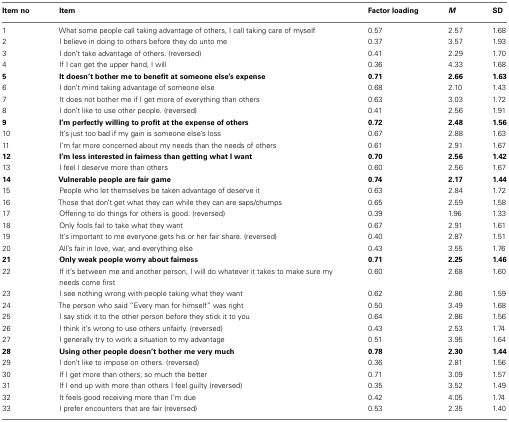
<table><thead><tr><td><b>Item no</b></td><td><b>Item</b></td><td><b>Factor loading</b></td><td><b><i>M</i></b></td><td><b>SD</b></td></tr></thead><tbody><tr><td>1</td><td>What some people call taking advantage of others, I call taking care of myself</td><td>0.57</td><td>2.57</td><td>1.68</td></tr><tr><td>2</td><td>I believe in doing to others before they do unto me</td><td>0.37</td><td>3.57</td><td>1.93</td></tr><tr><td>3</td><td>I don’t take advantage of others. (reversed)</td><td>0.41</td><td>2.29</td><td>1.70</td></tr><tr><td>4</td><td>If I can get the upper hand, I will</td><td>0.36</td><td>4.33</td><td>1.68</td></tr><tr><td><b>5</b></td><td><b>It doesn’t bother me to benefit at someone else’s expense</b></td><td><b>0.71</b></td><td><b>2.66</b></td><td><b>1.63</b></td></tr><tr><td>6</td><td>I don’t mind taking advantage of someone else</td><td>0.68</td><td>2.10</td><td>1.43</td></tr><tr><td>7</td><td>It does not bother me if I get more of everything than others</td><td>0.63</td><td>3.03</td><td>1.72</td></tr><tr><td>8</td><td>I don’t like to use other people. (reversed)</td><td>0.41</td><td>2.56</td><td>1.91</td></tr><tr><td><b>9</b></td><td><b>I’m perfectly willing to profit at the expense of others</b></td><td><b>0.72</b></td><td><b>2.48</b></td><td><b>1.56</b></td></tr><tr><td>10</td><td>It’s just too bad if my gain is someone else’s loss</td><td>0.67</td><td>2.88</td><td>1.63</td></tr><tr><td>11</td><td>I’m far more concerned about my needs than the needs of others</td><td>0.61</td><td>2.91</td><td>1.67</td></tr><tr><td><b>12</b></td><td><b>I’m less interested in fairness than getting what I want</b></td><td><b>0.70</b></td><td><b>2.56</b></td><td><b>1.42</b></td></tr><tr><td>13</td><td>I feel I deserve more than others</td><td>0.60</td><td>2.56</td><td>1.67</td></tr><tr><td><b>14</b></td><td><b>Vulnerable people are fair game</b></td><td><b>0.74</b></td><td><b>2.17</b></td><td><b>1.44</b></td></tr><tr><td>15</td><td>People who let themselves be taken advantage of deserve it</td><td>0.63</td><td>2.84</td><td>1.72</td></tr><tr><td>16</td><td>Those that don’t get what they can while they can are saps/chumps</td><td>0.65</td><td>2.59</td><td>1.58</td></tr><tr><td>17</td><td>Offering to do things for others is good. (reversed)</td><td>0.39</td><td>1.96</td><td>1.33</td></tr><tr><td>18</td><td>Only fools fail to take what they want</td><td>0.67</td><td>2.91</td><td>1.61</td></tr><tr><td>19</td><td>It’s important to me everyone gets his or her fair share. (reversed)</td><td>0.40</td><td>2.87</td><td>1.51</td></tr><tr><td>20</td><td>All’s fair in love, war, and everything else</td><td>0.43</td><td>3.55</td><td>1.76</td></tr><tr><td><b>21</b></td><td><b>Only weak people worry about fairness</b></td><td><b>0.71</b></td><td><b>2.25</b></td><td><b>1.46</b></td></tr><tr><td>22</td><td>If it’s between me and another person, I will do whatever it takes to make sure my needs come first</td><td>0.60</td><td>2.68</td><td>1.60</td></tr><tr><td>23</td><td>I see nothing wrong with people taking what they want</td><td>0.62</td><td>2.86</td><td>1.59</td></tr><tr><td>24</td><td>The person who said “Every man for himself” was right</td><td>0.50</td><td>3.49</td><td>1.68</td></tr><tr><td>25</td><td>I say stick it to the other person before they stick it to you</td><td>0.64</td><td>2.86</td><td>1.56</td></tr><tr><td>26</td><td>I think it’s wrong to use others unfairly. (reversed)</td><td>0.43</td><td>2.53</td><td>1.74</td></tr><tr><td>27</td><td>I generally try to work a situation to my advantage</td><td>0.51</td><td>3.95</td><td>1.64</td></tr><tr><td><b>28</b></td><td><b>Using other people doesn’t bother me very much</b></td><td><b>0.78</b></td><td><b>2.30</b></td><td><b>1.44</b></td></tr><tr><td>29</td><td>I don’t like to impose on others. (reversed)</td><td>0.36</td><td>2.81</td><td>1.56</td></tr><tr><td>30</td><td>If I get more than others, so much the better</td><td>0.71</td><td>3.09</td><td>1.57</td></tr><tr><td>31</td><td>If I end up with more than others I feel guilty (reversed)</td><td>0.35</td><td>3.52</td><td>1.49</td></tr><tr><td>32</td><td>It feels good receiving more than I’m due</td><td>0.42</td><td>4.05</td><td>1.74</td></tr><tr><td>33</td><td>I prefer encounters that are fair (reversed)</td><td>0.53</td><td>2.35</td><td>1.40</td></tr></tbody></table>